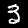
Label: 3